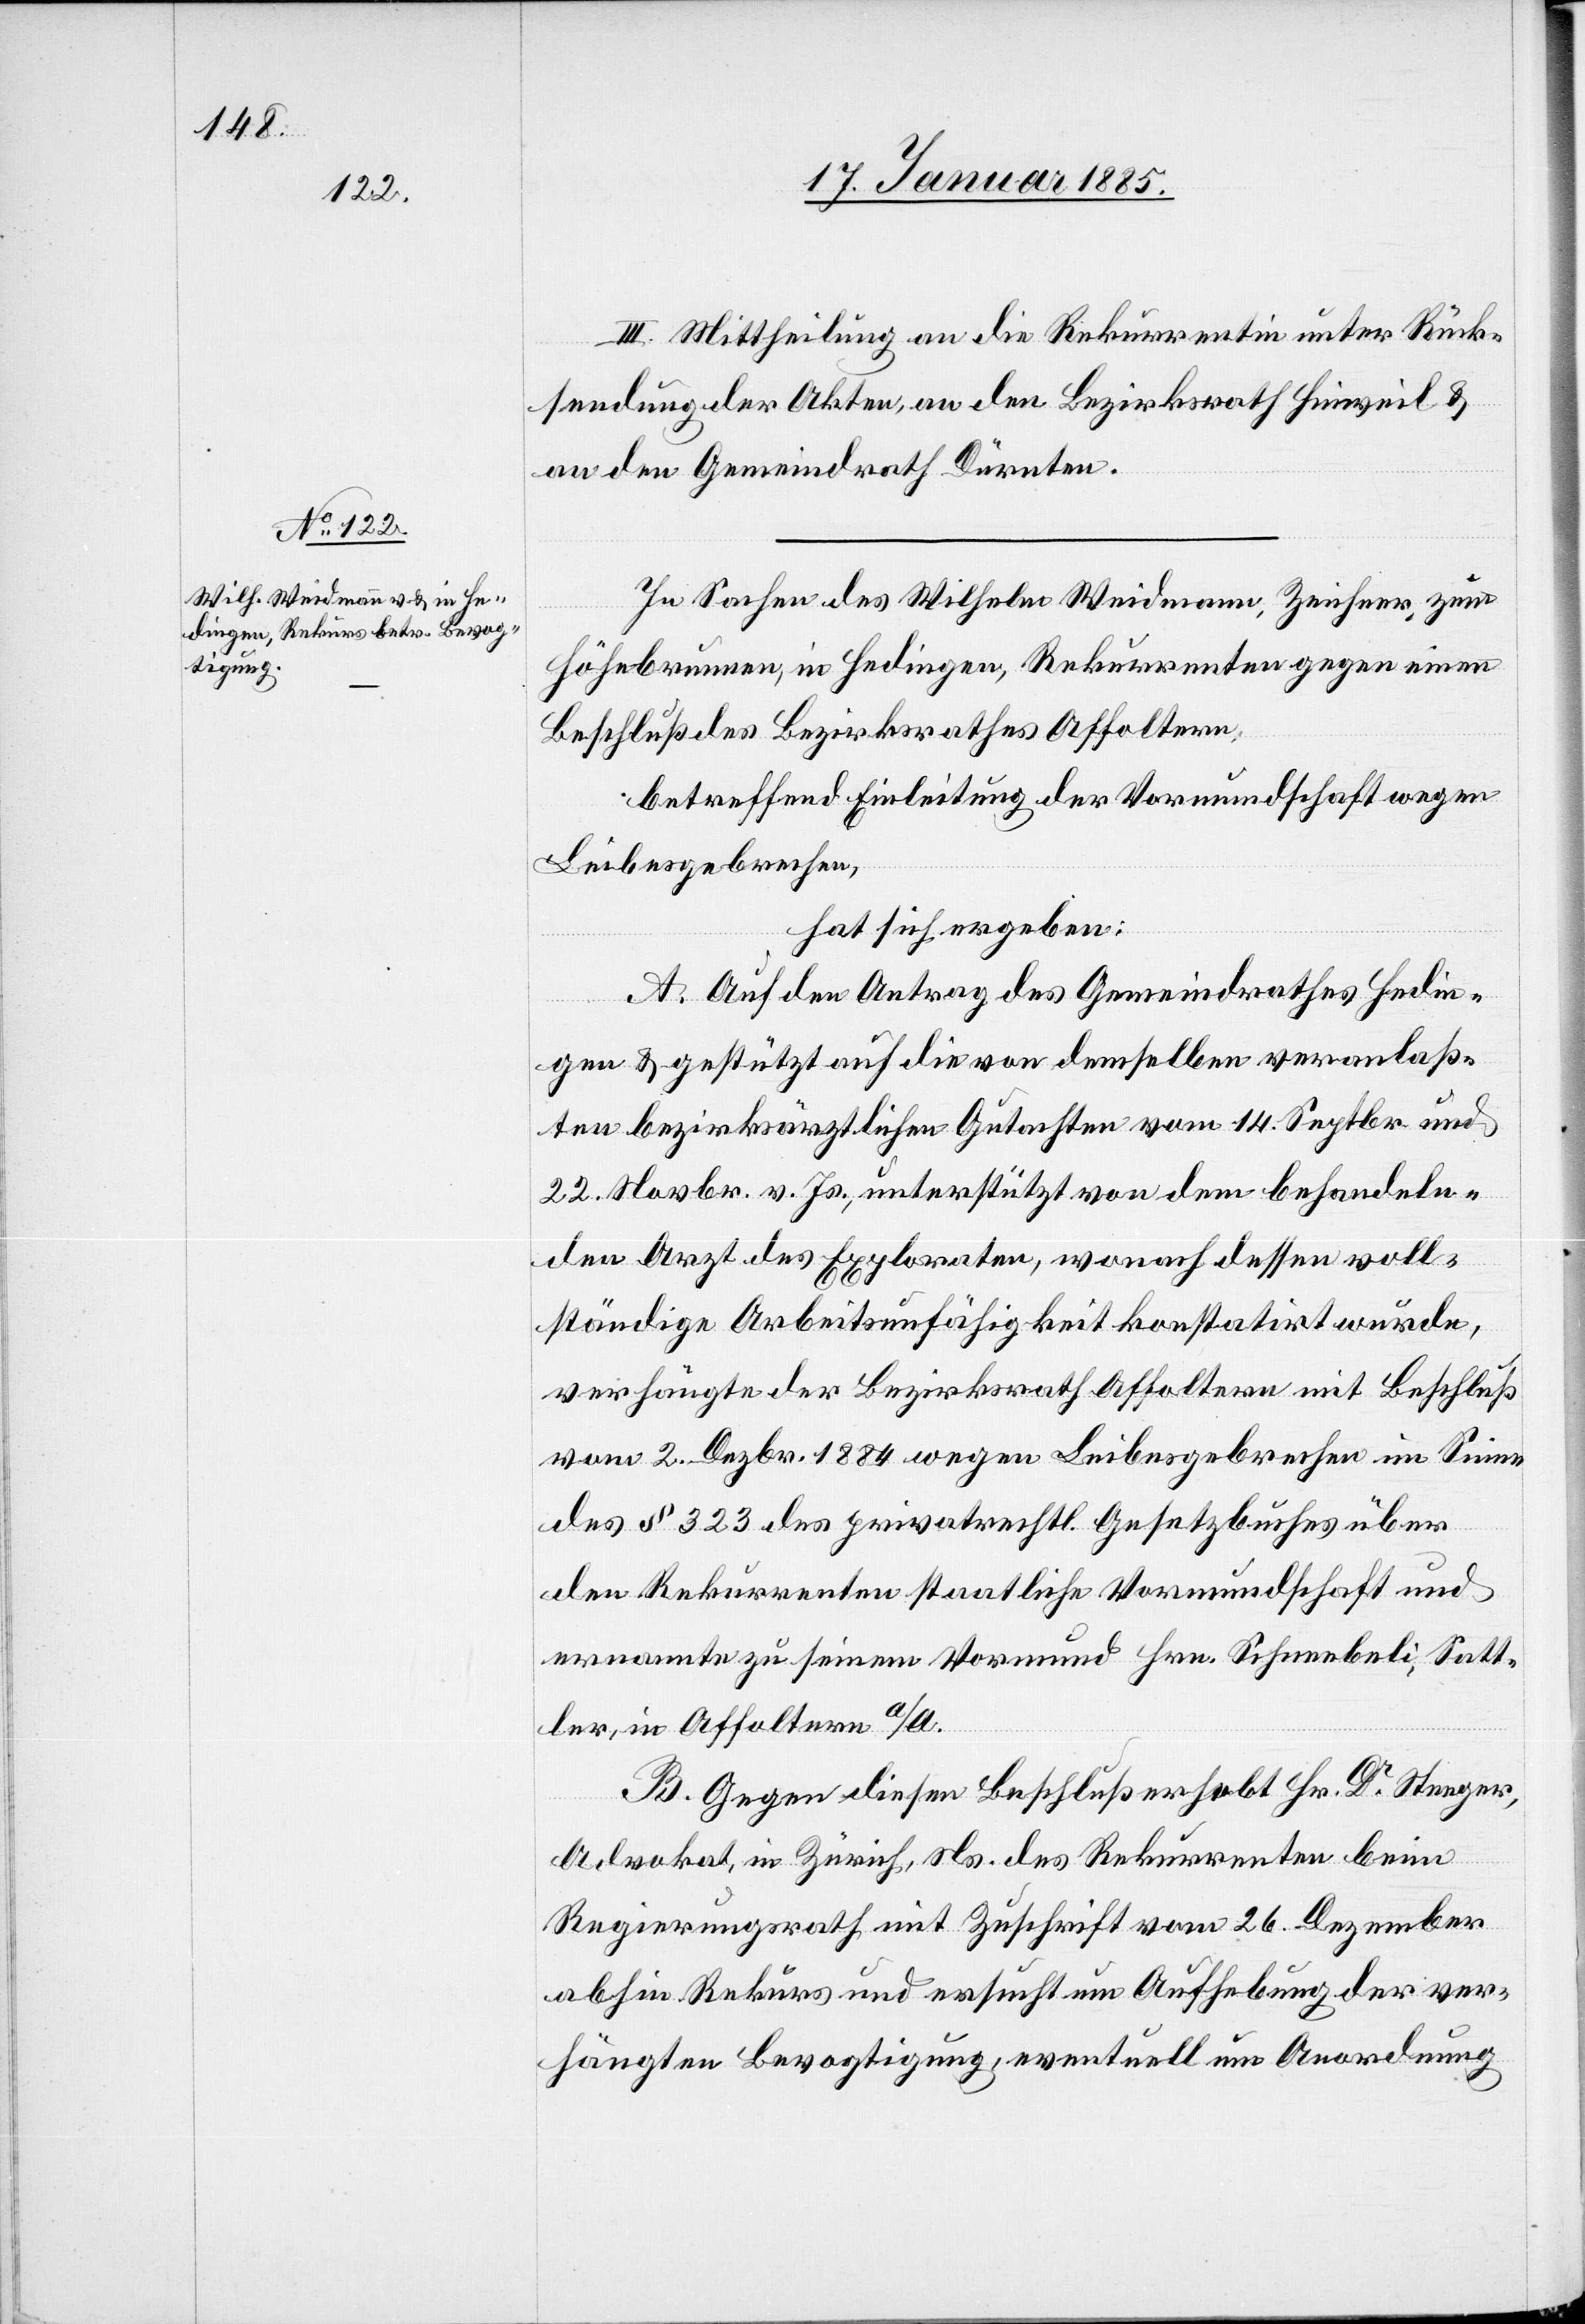
III. Mittheilung an die Rekurrentin unter Rück¬
sendung der Akten, an den Bezirksrath Hinweil &
an den Gemeindrath Dürnten.
In Sachen des Wilhelm Weidmann, Zeichner, zum
Höhebrunnen, in Hedingen, Rekurrenten gegen einen
Beschluß des Bezirksrathes Affoltern,
betreffend Einleitung der Vormundschaft wegen
Leibesgebrechen,
hat sich ergeben:
A. Auf den Antrag des Gemeindrathes Hedin¬
gen & gestützt auf die von demselben veranlaß¬
ten bezirksärztlichen Gutachten vom 14. Septbr. und
22. Novbr. v. Js., unterstützt von dem behandeln¬
den Arzt des Exploraten, wonach dessen voll¬
ständige Arbeitsunfähigkeit konstatirt wurde,
verhängte der Bezirksrath Affoltern mit Beschluß
vom 2. Dezbr. 1848 wegen Leibesgebrechen im Sinne
des § 323 des privatrechtl. Gesetzbuches über
den Rekurrenten staatliche Vormundschaft und
ernannte zu seinem Vormund Hrn. Schneebeli, Satt¬
ler, in Affoltern a/A.
B. Gegen diesen Beschluß erhebt Hr. Dr Steeger,
Advokat, in Zürich, Ns. des Rekurrenten beim
Regierungsrath mit Zuschrift vom 26. Dezember
abhin Rekurs und ersucht um Aufhebung der ver¬
hängten Bevogtigung, eventuell um Anordnung